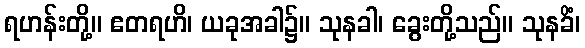
ရဟန်းတို့။ ဧတရဟိ၊ ယခုအခါ၌။ သုနခါ၊ ခွေးတို့သည်။ သုနခိံ၊